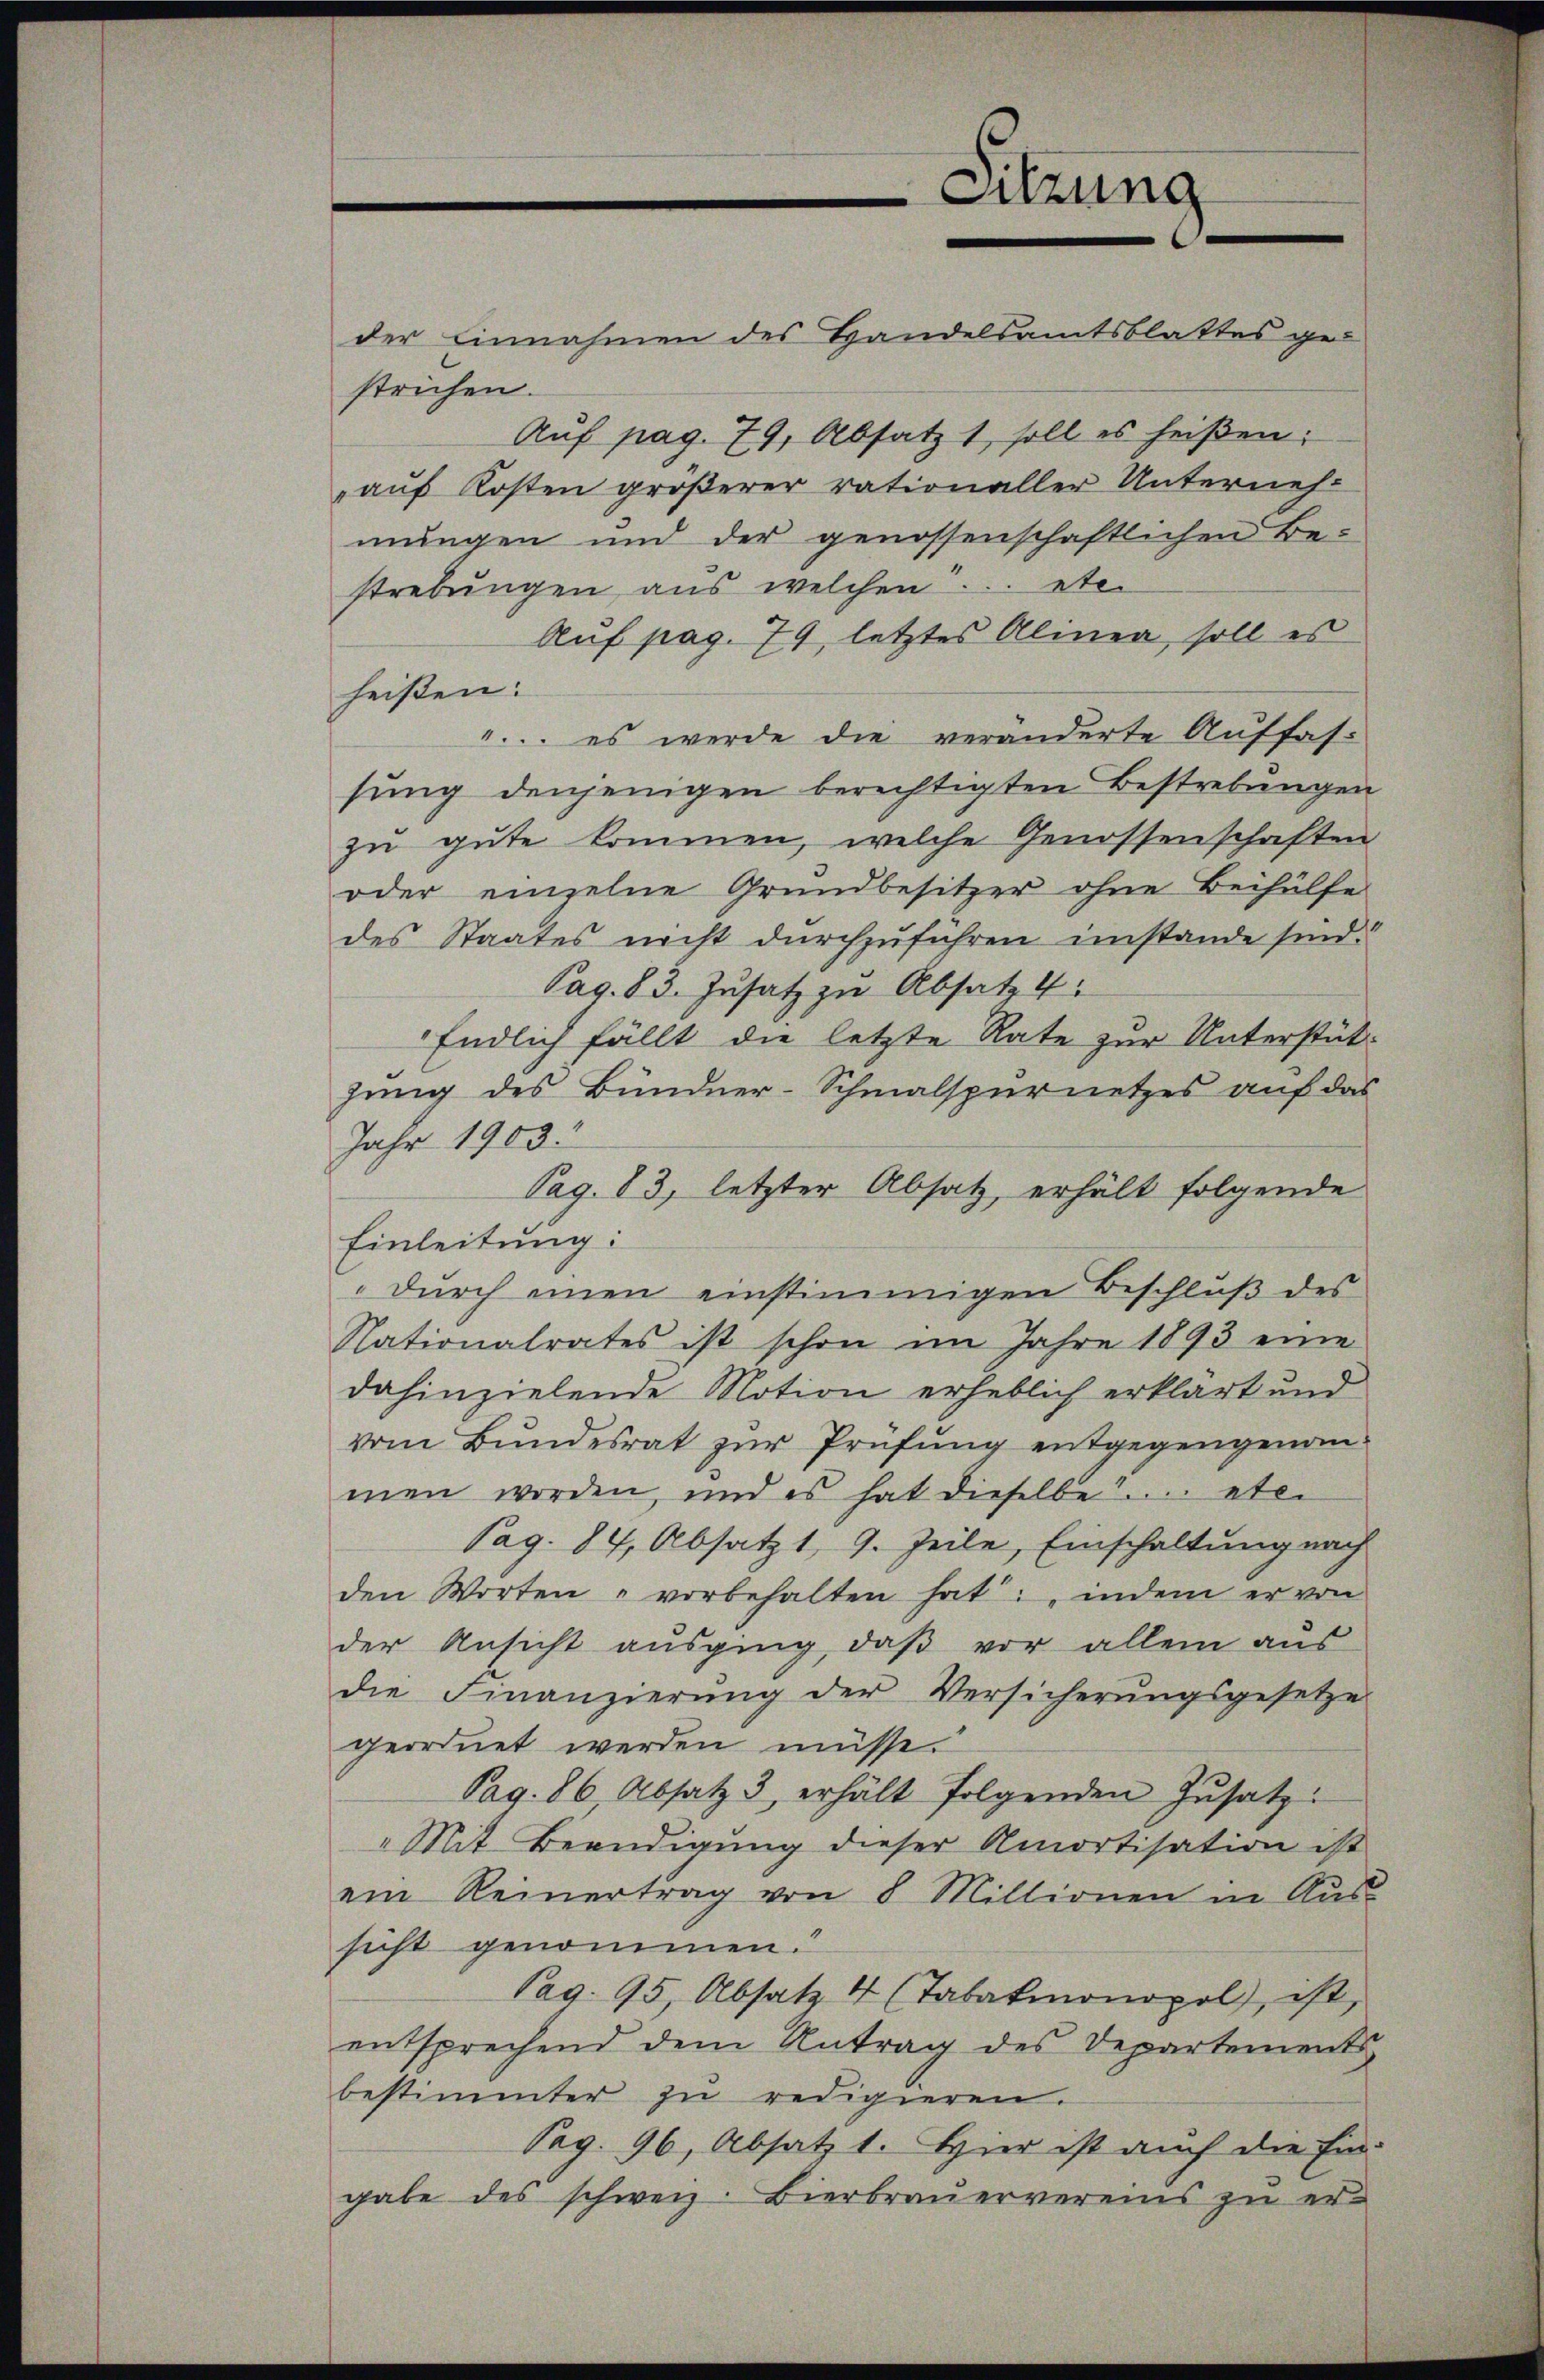
Sitzung

der Einnahmen des Handelsamtsblattes gestrichen.
Auf pag. 79, Absatz 1 soll es heißen:
auf Kosten größerer rationaller Unterneh-
mungen und der genossenschaftlichen Be-
strebungen aus welchen ... etc.
Auf pag. 79, letztes Alinea, soll es
heißen:
... es werde die veränderte Auffas-
sung denjenigen berechtigten Bestrebungen
zu gute kommen, welche Genossenschaften
oder einzelne Grundbesitzer ohne Beihülfe
des Staates nicht durchzuführen imstande sind.
Pag. 83. Zusatz zu Absatz 4
Endlich fällt die letzte Rate zur Unterstütjung des Bündner-Schmalspurnetzes auf das
Jahr 1903
Pag. 83, letzter Absatz, erhält folgende
Einleitung:
" durch einen einstimmigen Beschluß des
Nationalrates ist schon im Jahre 1893 eine
dahinzielende Notion erheblich erklärt und
vom Bŭndesrat zŭr Prüfŭng entgegengenom-
men worden, und es hat dieselbe.... etc.
Pag. 84, Absatz 1, 9. Zeile, Einschaltung nach
den Worten " vorbehalten hat: indem er von
der Ansicht ausging, daβ vor allein aus
die Finanzierŭng der Versicherŭngsgesetze
geordnet werden müsse.
Pag. 86 Absatz 3 erhält folgenden Zŭsatz:
„Mit Beendigung dieser Amortisation ist
ein Reinertrag von 8 Millionen in Aus-
sicht genommen.
Pag. 95, Absatz 4 (Tabakmonopol ist,
entsprechend dem Antrag des Departements
bestimmter zu redigieren.
Pag. 96, Absatz 1. Hier ist auch die Eingabe des schweiz. Bierbrauervereins zu er-